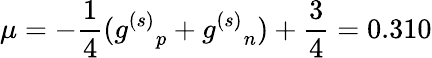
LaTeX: \mu=-{\frac{1}{4}}({g^{(s)}}_{p}+{g^{(s)}}_{n})+{\frac{3}{4}}=0.310